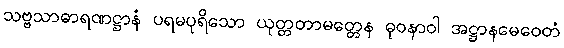
သဗ္ဗသာဓာရဏဋ္ဌာနံ ပရမပုရိသော ယုတ္တတာမတ္တေန ဓုဝနာဝါ အဋ္ဌာနမေဝေတံ